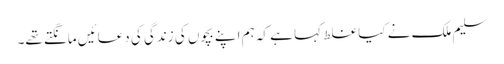
سلیم ملک نے کیا غلط کہا ہے کہ ہم اپنے بچوں کی زندگی کی دعائیں مانگتے تھے۔